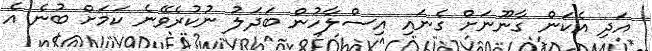
އަދި އެކަން ގާނޫނަށް ގެނައި އިސްލާހުން ބަދަލު ނުކުރެވޭނެ ކަމަށް ބުނެ އެ